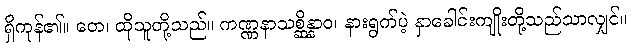
ရှိကုန်၏။ တေ၊ ထိုသူတို့သည်။ ကဏ္ဏနာသစ္ဆိန္နာဝ၊ နားရွက်ပဲ့ နှာခေါင်းကျိုးတို့သည်သာလျှင်။